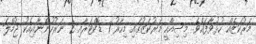
މަރުކަޒެއް ހުޅުވާފައެވެ. މިސިއްހީ މަރުކަޒުގައި މިހާރު 1 ޑޮކްޓަރާއި 2 ނަރުހުންނާއިއެކު ޖުމްލަ